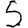
Digit: 5